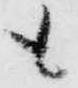
も